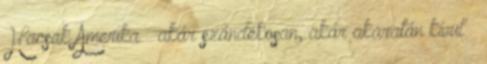
Hacsak Amerika – akár szándékosan, akár akaratán kívül –